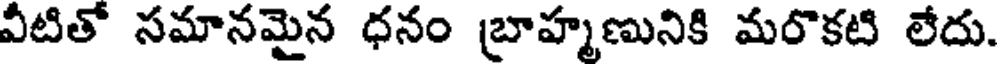
వీటితో సమానమైన ధనం బ్రాహ్మణునికి మరొకటి లేదు.